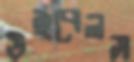
উইবেলস